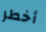
أخطر